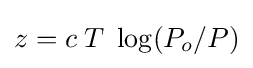
z=c\;T\;\log(P_{o}/P)